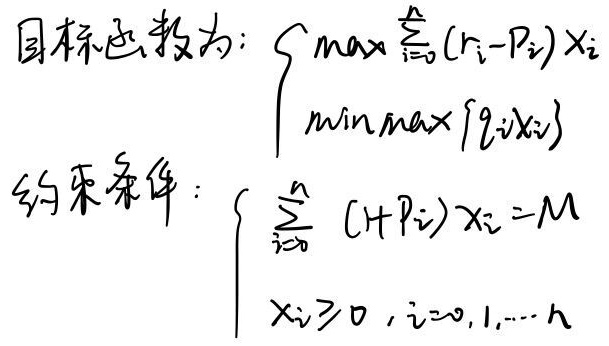
目标函数为：
\[
\begin{cases}
\max\sum_{i = 0}^{n}(r_i - p_i)x_i \\
\min\max\{q_i x_i\}
\end{cases}
\]
约束条件：
\[
\begin{cases}
\sum_{i = 0}^{n}(1 + p_i)x_i = M \\
x_i\geq0, i = 0,1,\cdots,n
\end{cases}
\]